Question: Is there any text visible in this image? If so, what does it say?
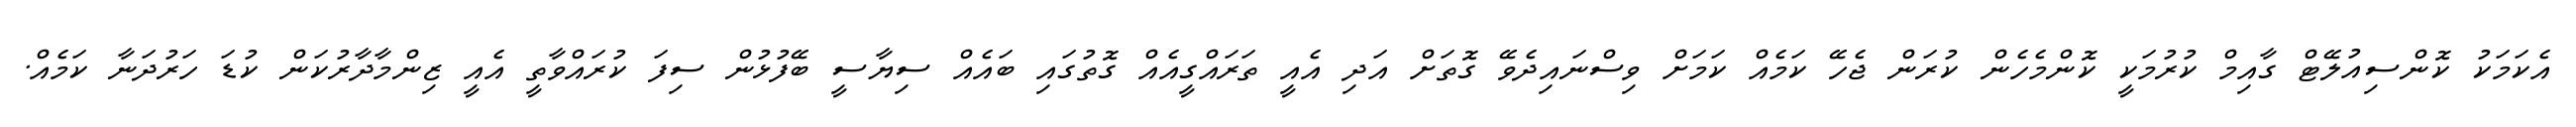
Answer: އެކަމަކު ކޮންސިއުލޭޓް ގާއިމް ކުރުމަކީ ކޮންމެހެން ކުރަން ޖެހޭ ކަމެއް ކަމަށް ވިސްނައިދެވޭ ގޮތަށް އަދި އެއީ ތަރައްގީއެއް ގޮތުގައި ބައެއް ސިޔާސީ ބޭފުޅުން ސިފަ ކުރައްވާތީ އެއީ ޒިންމާދާރުކަން ކުޑަ ހަރުދަނާ ކަމެއް.